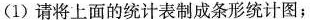
(1)请将上面的统计表制成条形统计图；